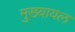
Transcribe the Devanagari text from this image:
मुख्‍यायल